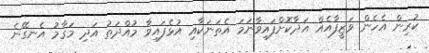
ކުރިން އެހެން ވަޒީފާއެއް އަދާކޮށްފައިވާނަމަ އެތަނަކާއި އުޅެފައިވާ މުއްދަތު އަދި މަޤާމު އެނގޭނެ